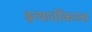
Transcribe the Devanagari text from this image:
इत्यादींकरता